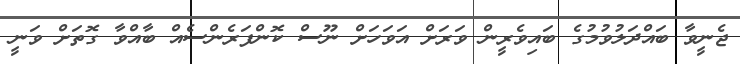
ޖެނީވާ ބައްދަލުވުމުގެ ބައިވެރީން ވަރަށް އަވަހަށް ނޫސް ކޮންފަރެންސެއް ބާއްވާ ގޮތަށް ވަނީ